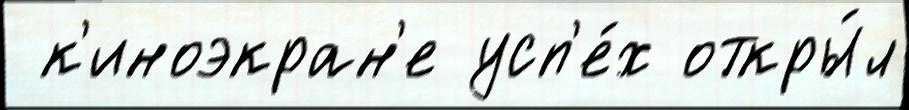
 к'иноэкран'е усп'е́х откры́л